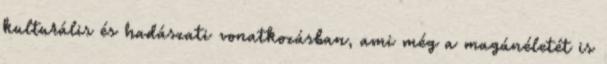
kulturális és hadászati vonatkozásban, ami még a magánéletét is